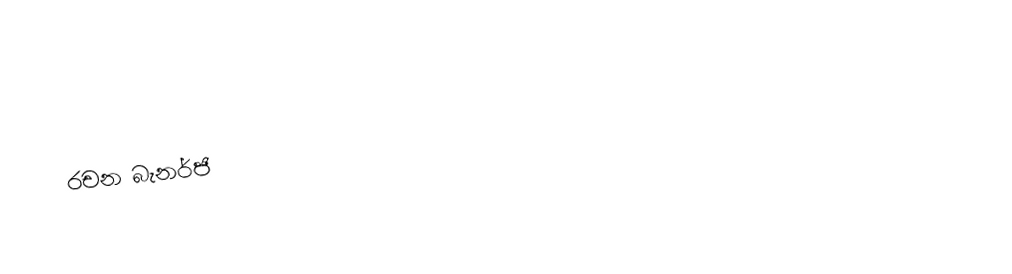
රචන බැනර්ජි